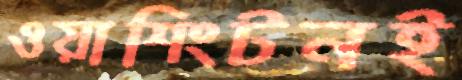
ওয়াশিংটনই